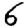
Digit: 6